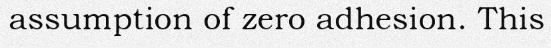
assumption of zero adhesion. This